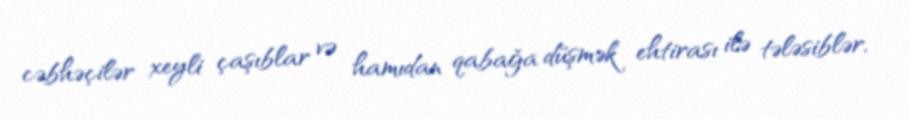
cəbhəçilər xeyli çaşıblar və hamıdan qabağa düşmək ehtirası ilə tələsiblər,